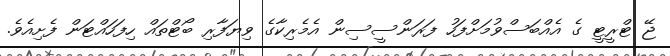
ޖޭ ޓްރީޓީ ގެ އެއްބަސްވުމަށްފަހު ފަރަންސީސިން އެމެރިކާގެ ވިޔަފާރި ބޯޓްތައް ހިފަހައްޓަން ފެށިއެވެ.